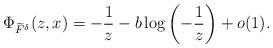
LaTeX: \begin{align*}\Phi_{\widetilde{F}^\delta}(z,x)=-\frac{1}{z}-b\log\left(-\frac{1}{z}\right)+o(1).\end{align*}